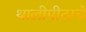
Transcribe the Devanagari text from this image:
थालीपीठाचे